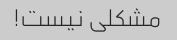
مشکلی نیست!